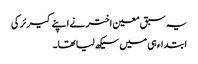
یہ سبق معین اختر نے اپنے کیرئر کی
ابتداء ہی میں سیکھ لیا تھا۔